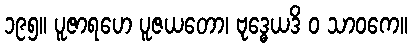
၁၉၅။ ပူဇာရဟေ ပူဇယတော၊ ဗုဒ္ဓေယဒိ ဝ သာဝကေ။